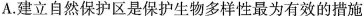
A.建立自然保护区是保护生物多样性最为有效的措施